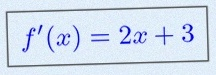
f'(x)=2x+3